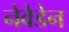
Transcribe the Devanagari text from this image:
नेवेडेन